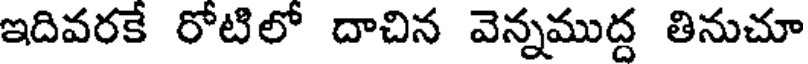
ఇదివరకే రోటిలో దాచిన వెన్నముద్ద తినుచూ